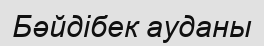
Бәйдібек ауданы